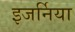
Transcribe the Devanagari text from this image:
इजर्निया